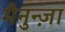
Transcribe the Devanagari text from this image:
मैनुन्ज़ा